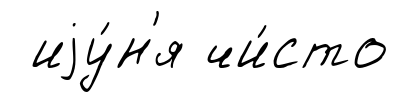
иjу́н'я чи́сто